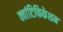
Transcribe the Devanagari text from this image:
क्वांटिफिकेशन